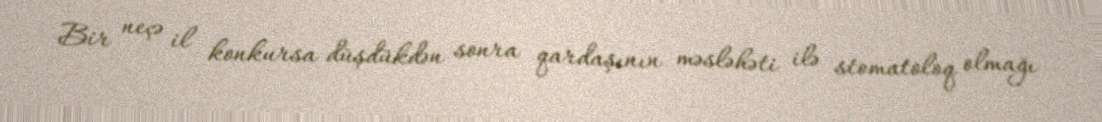
Bir neçə il konkursa düşdükdən sonra qardaşının məsləhəti ilə stomatoloq olmağı